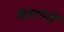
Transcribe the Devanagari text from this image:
काऱणों